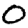
Digit: 0